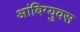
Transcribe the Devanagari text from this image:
आंबिग्युवस